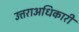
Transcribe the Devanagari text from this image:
उत्तराअधिकारी